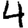
Digit: 4